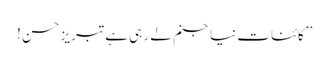
’’کائنات نیا جنم لے رہی ہے تبریز حسن !